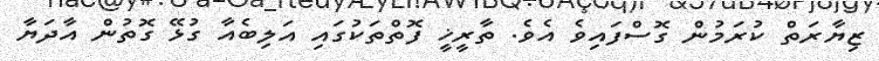
ޒިޔާރަތް ކުރަމުން ގޮސްފައިވެ އެވެ. ތާރީޚީ ފޮތްތަކުގައި އަލިބެއާ ގުޅޭ ގޮތުން އާދަޔާ